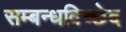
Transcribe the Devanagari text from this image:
सम्बन्धविच्छेद